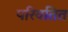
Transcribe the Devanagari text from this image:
परिवतित